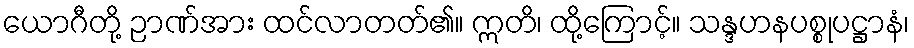
ယောဂီတို့ ဉာဏ်အား ထင်လာတတ်၏။ ဣတိ၊ ထို့ကြောင့်။ သန္ဒဟနပစ္စုပဋ္ဌာနံ၊